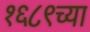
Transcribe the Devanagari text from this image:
१६८९च्या